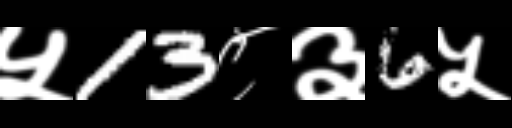
Text: ५13८३6५